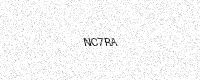
Text: NC7RA